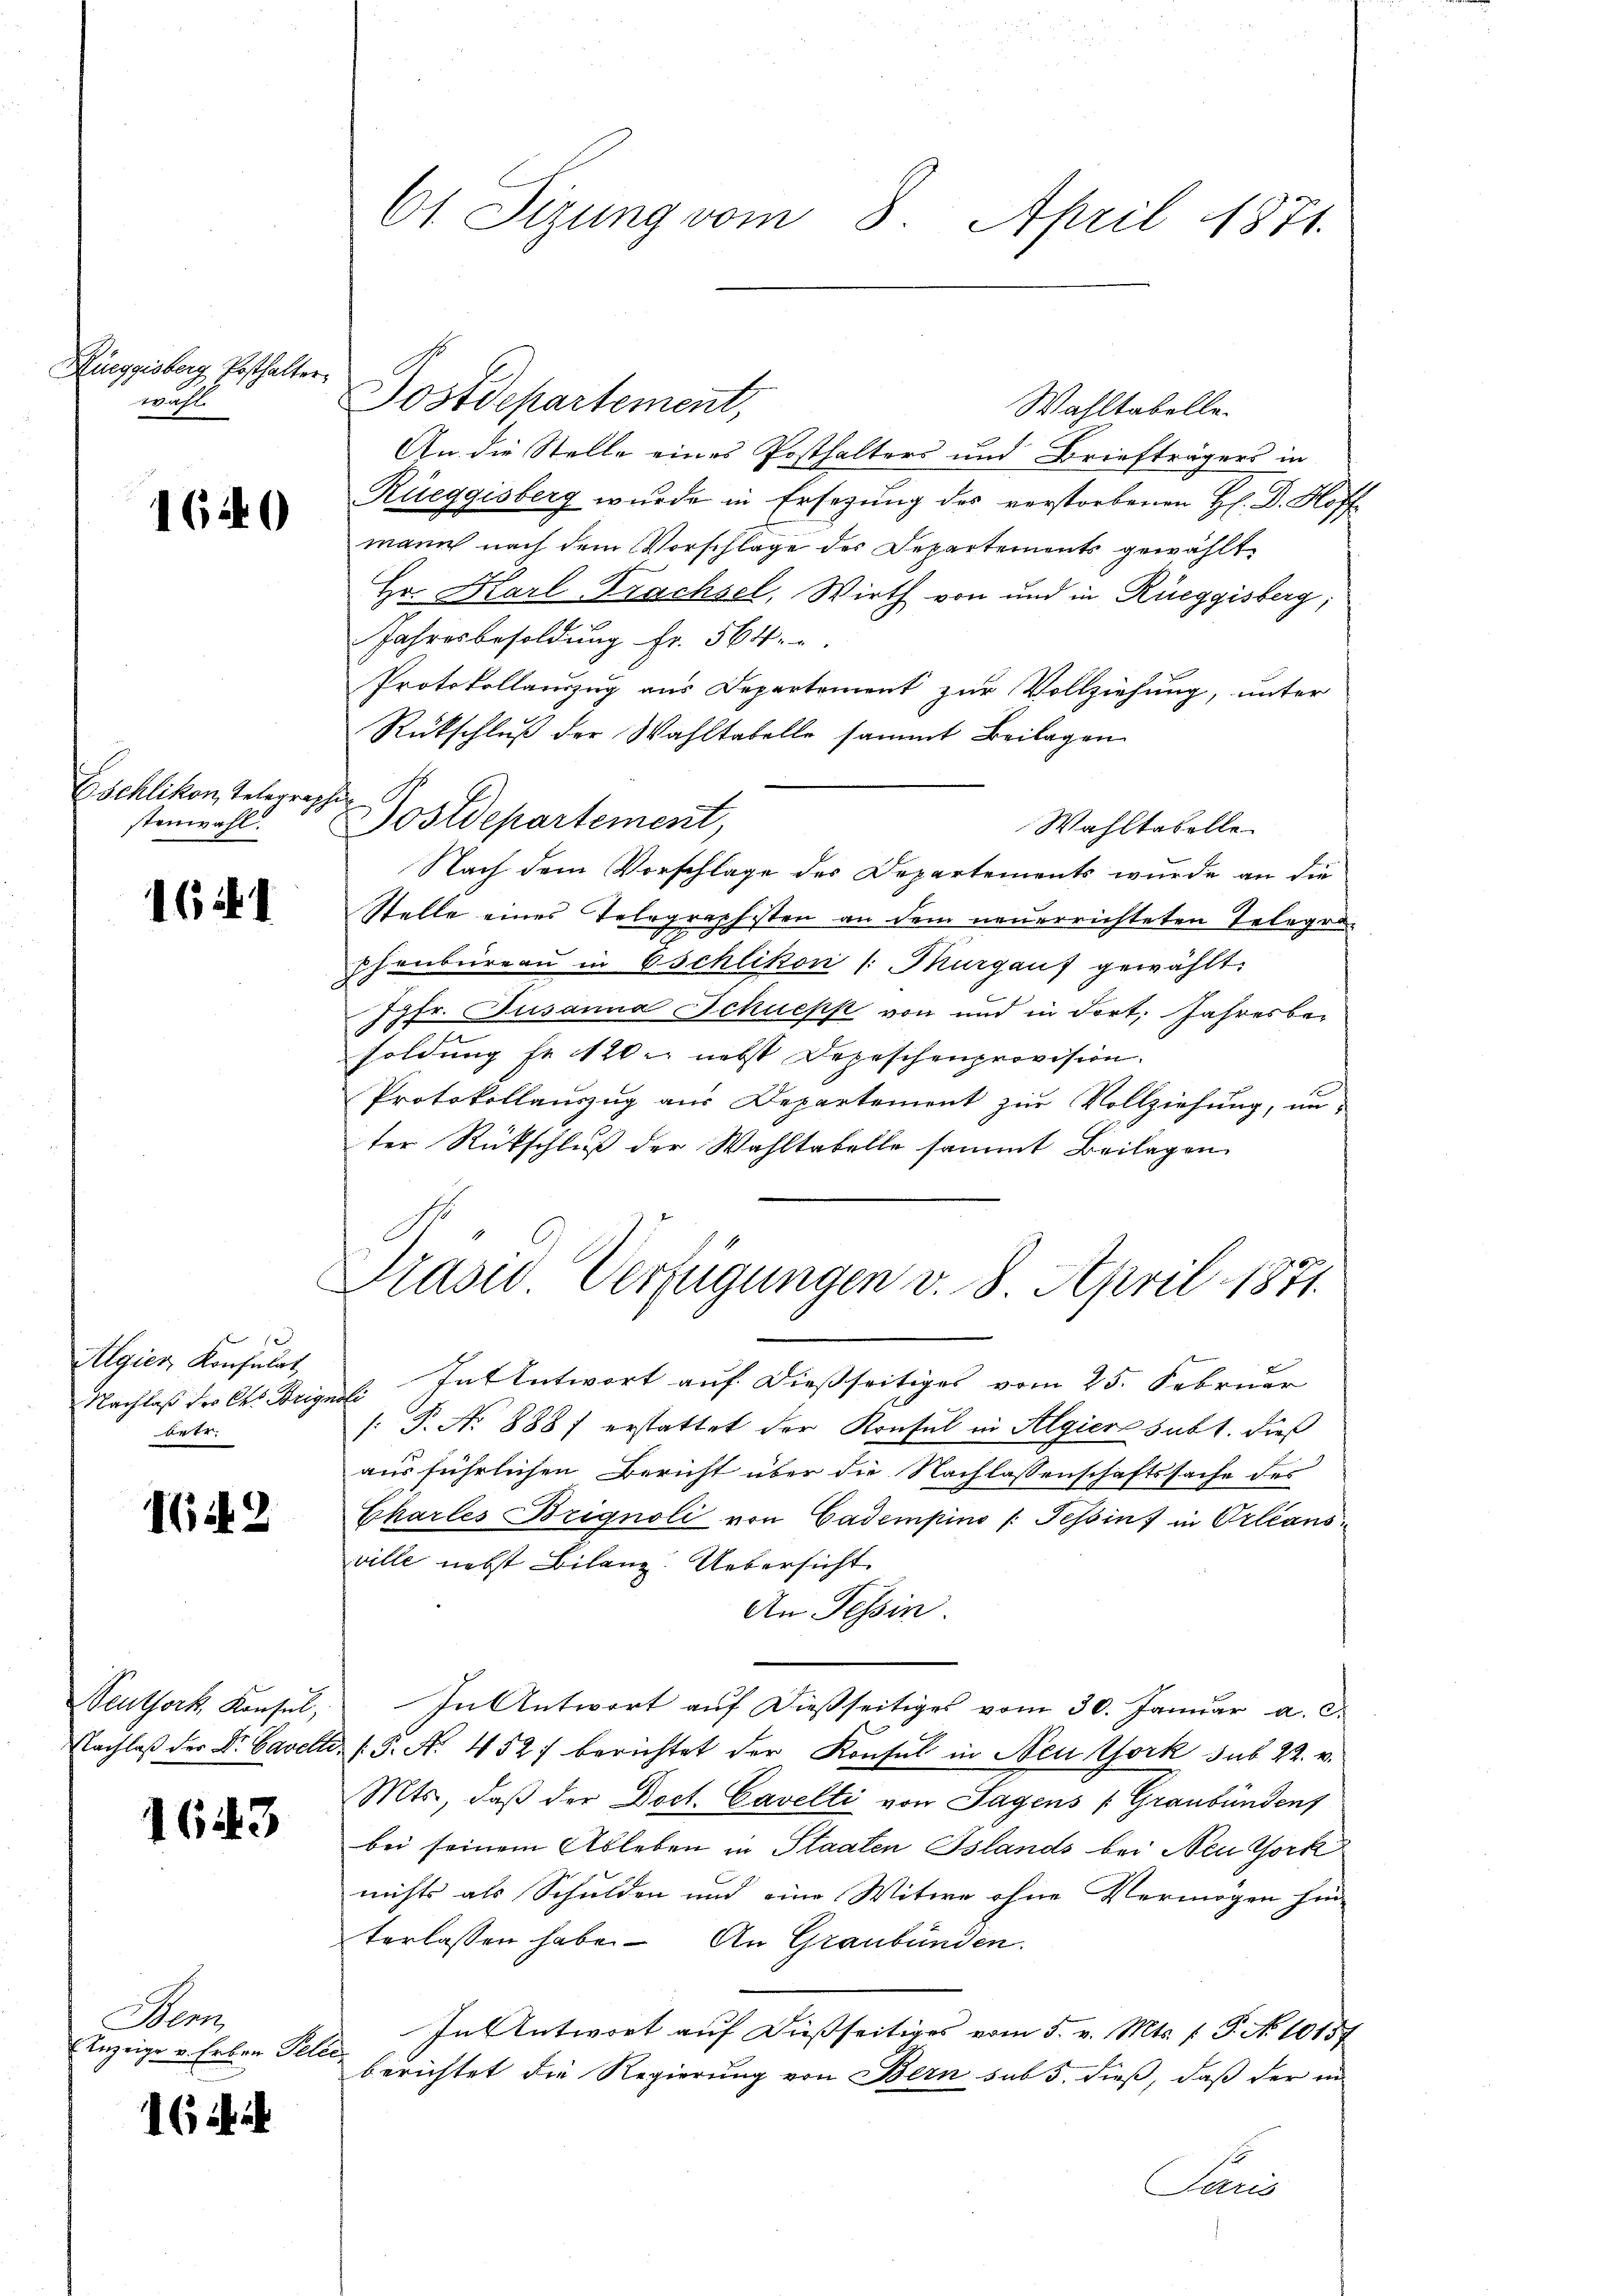
Rüeggisberg Posthalter.
wahl.

1620

Eschlikon, Telegraph
stenwahl.

16

Algier, Konsulat
Nachlaß der Chr. Weige
ärte.

1642

Peuthork Konsul,
Nachlaß der Dr. Cavelte

1643

Men
Anzeige v. Erben Feli

16

61 Sizung vom 8. April 1871.

Wahltabelle.
An die Stelle eines Posthalters und Briefträgers in
Rüeggisberg wurde in Ersezung des verstorbenen H. Dr. Hoff
mann nach dem Vorschlage des Departements gewählt.
Hr. Karl Trachsel, Wirth von und in Rüeggisberg;
Jahresbesoldung fr. 564.
Protokollauszug aus Departement zur Vollziehung, unter
Rückschluß der Wahltabelle sammt Beilagen
Postdepartement,
Wahltabelle
Nach dem Vorschlage des Departements wurde an die
Stelle eines Telegraphsten an dem neuerrichteten Telegel
2
phenbüreau in Eschlikon /: Murgauf gewählt:
Jgfr. Susanna Schuepp von und in dort. Jahresber
soldung fe 120. nebst Depeschenprovision.
Protokollauszug aus Departement zur Vollziehung, un-
ter Rückschluß der Wahltabelle sammt Beilagen
Präsid Verfügungen v. 8. April 1871.
: In Antwort auf dießseitiges vom 25. Februar
/: P. No 888 erstattet der Konsul in Algiere subt. dieß
ausführlichen Bericht über die Nachlassenschaftssache des
Charles Brignoli von Cadempino /: Tessin, in Orleans
ville nebst Bilanz. Uebersicht
An Tessin.
In Antwort auf dießseitiges vom 30. Januar a. c.
/5. A. 452) berichtet der Konsul in Neu York sub 22. v.
Mts., daß der Doct. Cavelti von Sagens (Graubündens
bei seinem Ableben in Staaten Bslands bei Neu York
nichts als Schulden und eine Witwe ohne Vermögen hin-
terlassen habe. An Graubünden.
In Antwort auf dießseitiges vom 5. v. Mts. f. P. No 10159
berichtet die Regierung von Bern sub 5. dieß, daß der in

Postdepartement,